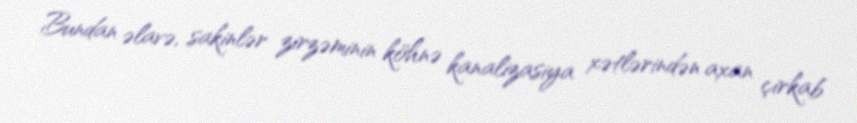
Bundan əlavə, sakinlər zirzəminin köhnə kanalizasiya xətlərindən axan çirkab